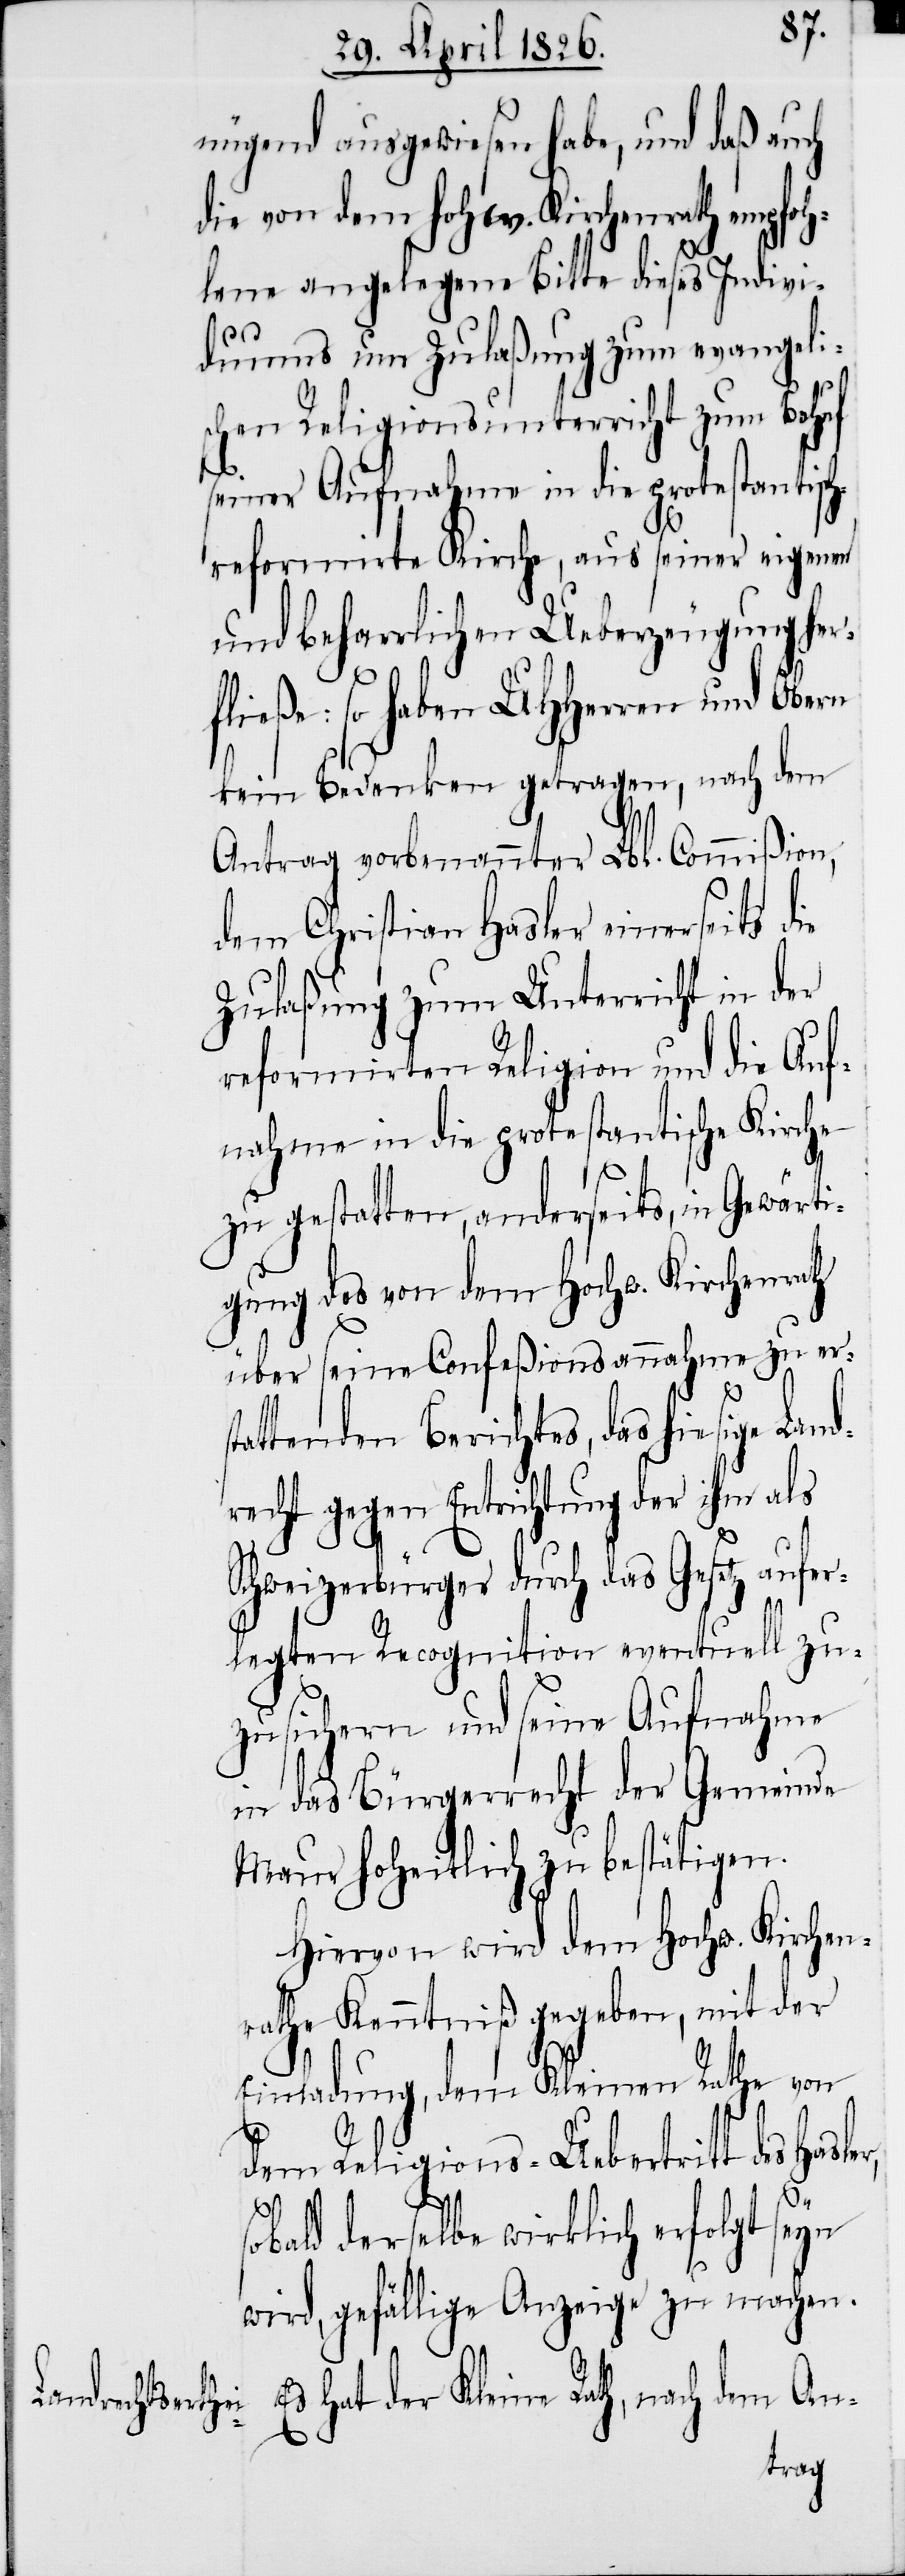
nügend ausgewiesen habe, und daß auch
die von dem hochw. Kirchenrath empfoh¬
lene angelegene Bitte dieses Indivi¬
duums um Zulaßung zum evangeli¬
schen Religionsunterricht zum Behuf
seiner Aufnahme in die protestantisc¬
h-reformirte Kirche, aus seiner eigenen
und beharrlichen Ueberzeugung her¬
fließe: so haben UHHerren und Obern
kein Bedenken getragen, nach dem
Antrag vorbenannter Lbl. Commißion,
dem Christian Hasler einerseits die
Zulaßung zum Unterricht in der
reformirten Religion und die Auf¬
nahme in die protestantische Kirche
zu gestatten, anderseits, in Gewärti¬
gung des von dem Hochw. Kirchenrath
über seine Confeßionsannahme zu ers¬
tattenden Berichtes, das hiesige Lan¬
drecht gegen Entrichtung der ihm als
Schweizerbürger durch das Gesetz aufer¬
legten Recognition eventuell zu¬
zusichern und seine Aufnahme
in das Bürgerrecht der Gemeinde
Maur hoheitlich zu bestätigen.
Hiervon wird dem Hochw. Kirchen¬
rathe Kenntniß gegeben, mit der
Einladung, dem Kleinen Rathe von
dem Religions-Uebertritt des
sobald derselbe wirklich erfolgt seyn
wird, gefällige Anzeige zu machen.
Es hat der Kleine Rath, nach dem An-